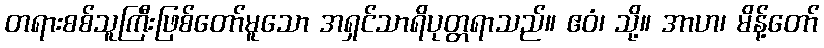
တရားစစ်သူကြီးဖြစ်တော်မူသော အရှင်သာရိပုတ္တရာသည်။ ဧဝံ၊ သို့။ အာဟ၊ မိန့်တော်